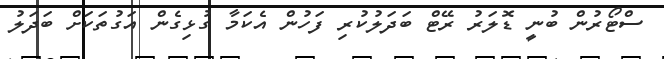
ސްޓޯރުން ބުނީ ޑޮލަރު ރޭޓް ބަދަލުކުރި ފަހުން އެކަމާ ގުޅިގެން އަގުތަކަށް ބަދަލު